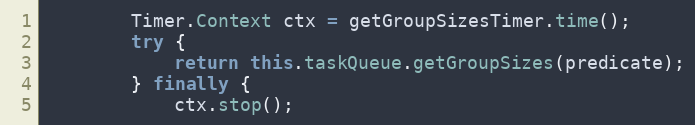
Language: Java
        Timer.Context ctx = getGroupSizesTimer.time();
        try {
            return this.taskQueue.getGroupSizes(predicate);
        } finally {
            ctx.stop();